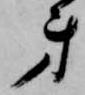
弟